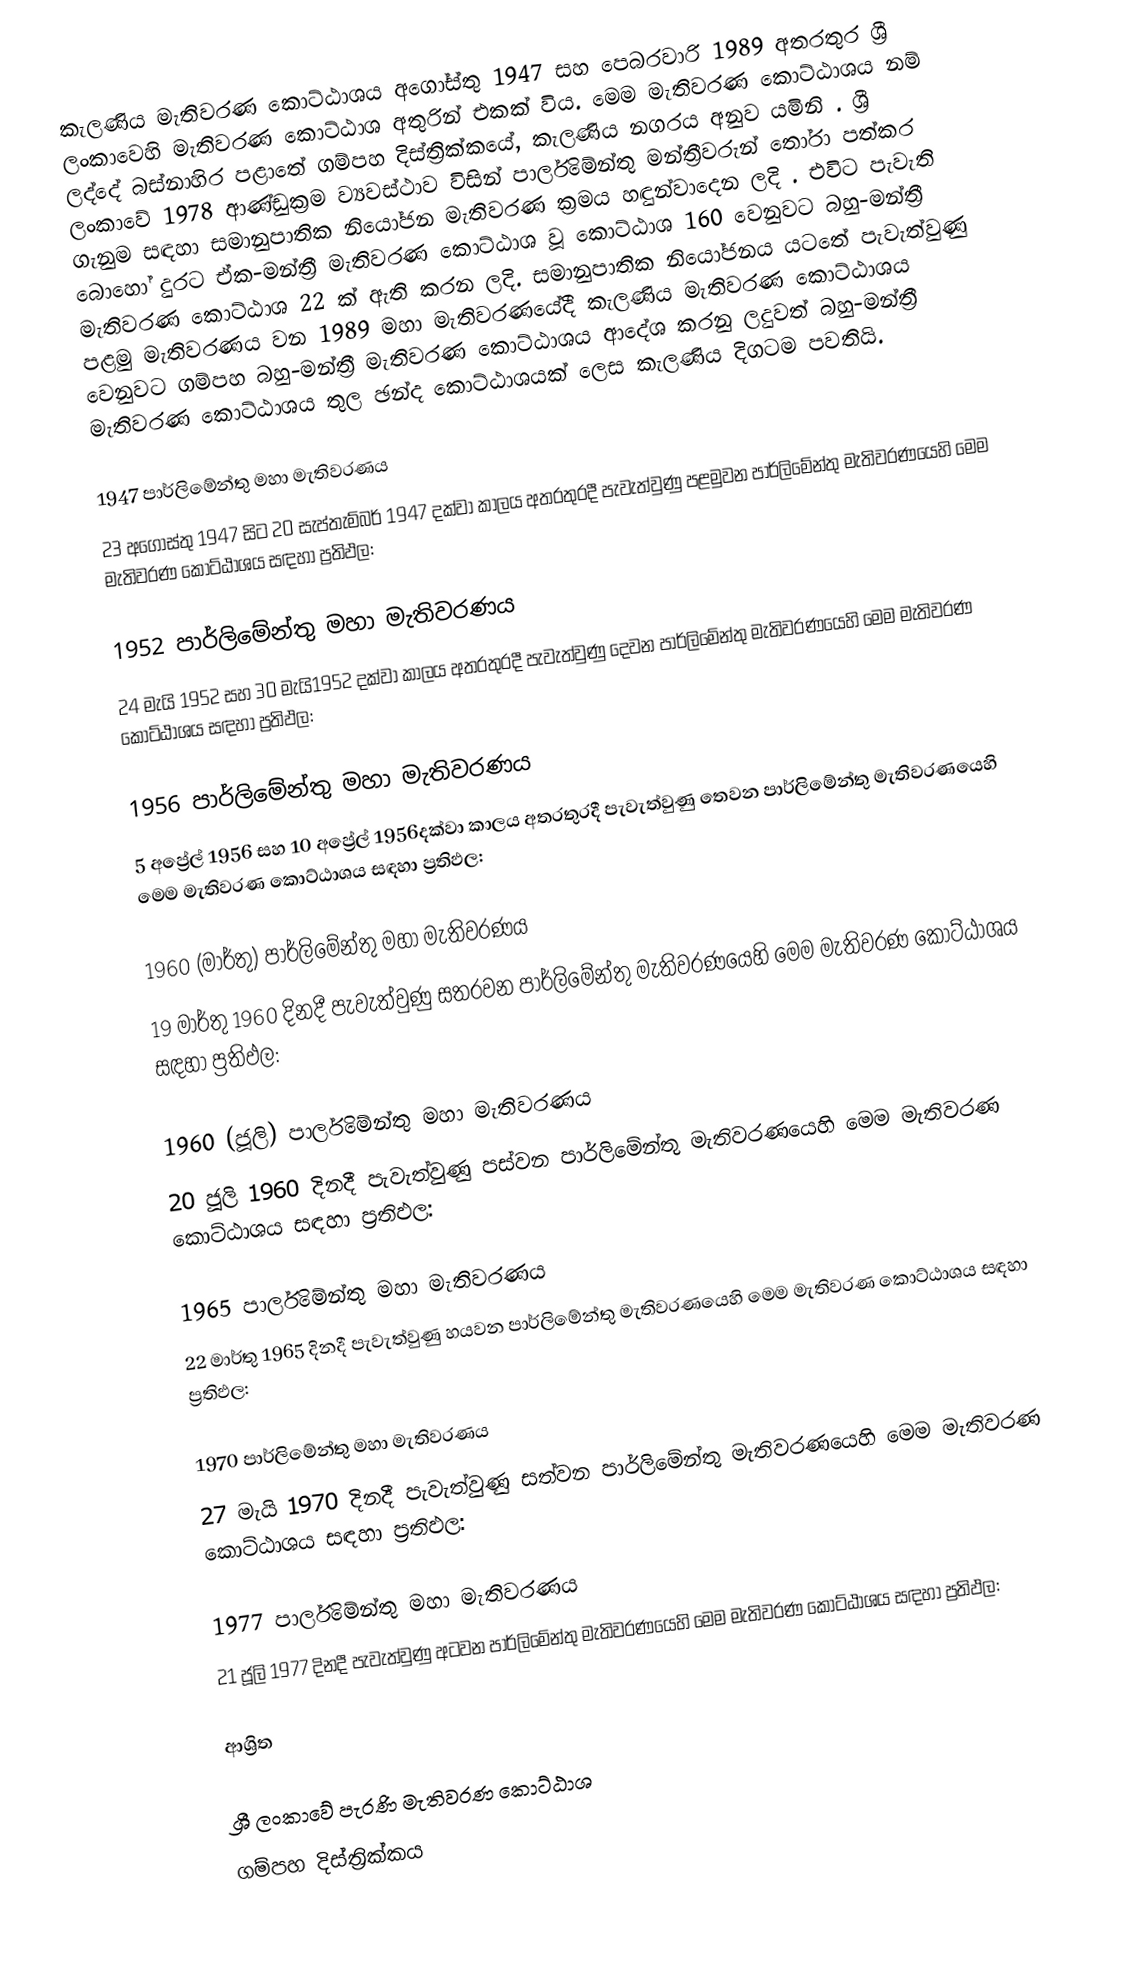
කැලණිය මැතිවරණ කොට්ඨාශය  අගෝස්තු 1947 සහ පෙබරවාරි 1989 අතරතුර  ශ්‍රී ලංකාවෙහි  මැතිවරණ කොට්ඨාශ අතුරින් එකක් විය. මෙම මැතිවරණ කොට්ඨාශය නම් ලද්දේ  බස්නාහිර පළාතේ  ගම්පහ දිස්ත්‍රික්කයේ,  කැලණිය නගරය අනුව යමිනි . ශ්‍රී ලංකාවේ 1978 ආණ්ඩුක්‍රම ව්‍යවස්ථාව විසින්   පාර්ලිමේන්තු මන්ත්‍රීවරුන් තෝරා පත්කර ගැනුම සඳහා සමානුපාතික නියෝජන මැතිවරණ ක්‍රමය හඳුන්වාදෙන ලදි . එවිට පැවැති බොහෝ දුරට  ඒක-මන්ත්‍රී මැතිවරණ කොට්ඨාශ වූ කොට්ඨාශ 160 වෙනුවට බහු-මන්ත්‍රී මැතිවරණ කොට්ඨාශ 22 ක් ඇති කරන ලදි. සමානුපාතික නියෝජනය යටතේ පැවැත්වුණු පළමු මැතිවරණය වන 1989 මහා මැතිවරණයේදී  කැලණිය මැතිවරණ කොට්ඨාශය වෙනුවට  ගම්පහ බහු-මන්ත්‍රී මැතිවරණ කොට්ඨාශය  ආදේශ කරනු ලදුවත් බහු-මන්ත්‍රී මැතිවරණ කොට්ඨාශය තුල ඡන්ද කොට්ඨාශයක් ලෙස කැලණිය දිගටම පවතියි.

1947 පාර්ලිමේන්තු මහා මැතිවරණය
23 අගෝස්තු 1947 සිට 20 සැප්තැම්බර් 1947 දක්වා කාලය අතරතුරදී පැවැත්වුණු  පළමුවන පාර්ලිමේන්තු මැතිවරණයෙහි මෙම මැතිවරණ කොට්ඨාශය සඳහා ප්‍රතිඵල:

1952 පාර්ලිමේන්තු මහා මැතිවරණය
24 මැයි 1952 සහ 30 මැයි1952 දක්වා කාලය අතරතුරදී පැවැත්වුණු  දෙවන පාර්ලිමේන්තු මැතිවරණයෙහි මෙම මැතිවරණ කොට්ඨාශය සඳහා ප්‍රතිඵල:

1956 පාර්ලිමේන්තු මහා මැතිවරණය
5 අප්‍රේල් 1956 සහ 10 අප්‍රේල් 1956දක්වා කාලය අතරතුරදී පැවැත්වුණු  තෙවන පාර්ලිමේන්තු මැතිවරණයෙහි මෙම මැතිවරණ කොට්ඨාශය සඳහා ප්‍රතිඵල:

1960 (මාර්තු) පාර්ලිමේන්තු මහා මැතිවරණය
19 මාර්තු 1960 දිනදී පැවැත්වුණු  සතරවන පාර්ලිමේන්තු මැතිවරණයෙහි මෙම මැතිවරණ කොට්ඨාශය සඳහා ප්‍රතිඵල:

1960 (ජූලි) පාර්ලිමේන්තු මහා මැතිවරණය
20 ජූලි 1960 දිනදී පැවැත්වුණු  පස්වන පාර්ලිමේන්තු මැතිවරණයෙහි මෙම මැතිවරණ කොට්ඨාශය සඳහා ප්‍රතිඵල:

1965 පාර්ලිමේන්තු මහා මැතිවරණය
22 මාර්තු 1965  දිනදී පැවැත්වුණු  හයවන පාර්ලිමේන්තු මැතිවරණයෙහි මෙම මැතිවරණ කොට්ඨාශය සඳහා ප්‍රතිඵල:

1970 පාර්ලිමේන්තු මහා මැතිවරණය
27 මැයි 1970 දිනදී පැවැත්වුණු  සත්වන පාර්ලිමේන්තු මැතිවරණයෙහි මෙම මැතිවරණ කොට්ඨාශය සඳහා ප්‍රතිඵල:

1977 පාර්ලිමේන්තු මහා මැතිවරණය
21 ජූලි 1977 දිනදී පැවැත්වුණු  අටවන පාර්ලිමේන්තු මැතිවරණයෙහි මෙම මැතිවරණ කොට්ඨාශය සඳහා ප්‍රතිඵල:

ආශ්‍රිත

ශ්‍රී ලංකාවේ පැරණි මැතිවරණ කොට්ඨාශ
 ගම්පහ දිස්ත්‍රික්කය